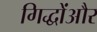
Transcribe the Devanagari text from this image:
गिद्धोंऔर